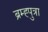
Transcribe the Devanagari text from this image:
ब्रम्ह्पुत्रा